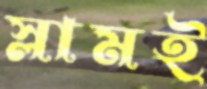
স্লামই